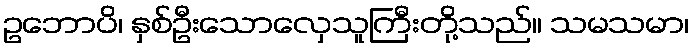
ဥဘောပိ၊ နှစ်ဦးသောလှေသူကြီးတို့သည်။ သမသမာ၊